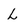
Character: L